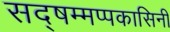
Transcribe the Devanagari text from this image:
सद्षम्मप्पकासिनी